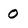
Character: O